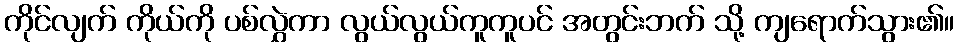
ကိုင်လျက် ကိုယ်ကို ပစ်လွှဲကာ လွယ်လွယ်ကူကူပင် အတွင်းဘက် သို့ ကျရောက်သွား၏။